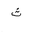
Letter: _tha